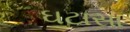
ઘટાસા